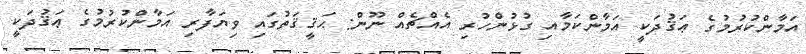
އަމާންކުރުމުގެ ޢަޤުދަކީ އަމާންކަމާއި ގުޅުންހުރި އެއްޗެއް ނޫން: ޙަޤީޤަތުގައި ވިޔަފާރި އަމާންކުރުމުގެ ޢަޤުދަކީ